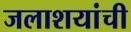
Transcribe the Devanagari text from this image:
जलाशयांची